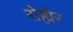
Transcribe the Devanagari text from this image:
रोह्मेर